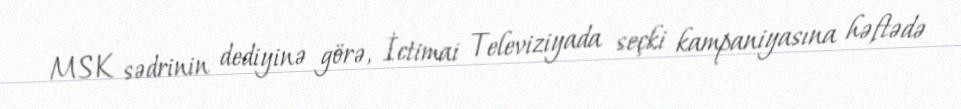
MSK sədrinin dediyinə görə, İctimai Televiziyada seçki kampaniyasına həftədə